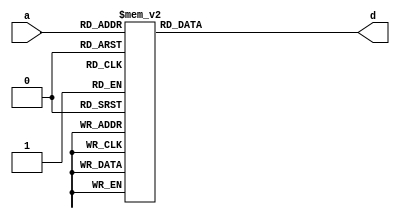
// This program was cloned from: https://github.com/NYU-MLDA/OpenABC
// License: BSD 3-Clause "New" or "Revised" License

module aes_sbox(a,d);
input	[7:0]	a;
output	[7:0]	d;
reg	[7:0]	d;

always @(a)
	(* full_case, parallel_case *) case(a)
	   8'h00: d=8'h63;
	   8'h01: d=8'h7c;
	   8'h02: d=8'h77;
	   8'h03: d=8'h7b;
	   8'h04: d=8'hf2;
	   8'h05: d=8'h6b;
	   8'h06: d=8'h6f;
	   8'h07: d=8'hc5;
	   8'h08: d=8'h30;
	   8'h09: d=8'h01;
	   8'h0a: d=8'h67;
	   8'h0b: d=8'h2b;
	   8'h0c: d=8'hfe;
	   8'h0d: d=8'hd7;
	   8'h0e: d=8'hab;
	   8'h0f: d=8'h76;
	   8'h10: d=8'hca;
	   8'h11: d=8'h82;
	   8'h12: d=8'hc9;
	   8'h13: d=8'h7d;
	   8'h14: d=8'hfa;
	   8'h15: d=8'h59;
	   8'h16: d=8'h47;
	   8'h17: d=8'hf0;
	   8'h18: d=8'had;
	   8'h19: d=8'hd4;
	   8'h1a: d=8'ha2;
	   8'h1b: d=8'haf;
	   8'h1c: d=8'h9c;
	   8'h1d: d=8'ha4;
	   8'h1e: d=8'h72;
	   8'h1f: d=8'hc0;
	   8'h20: d=8'hb7;
	   8'h21: d=8'hfd;
	   8'h22: d=8'h93;
	   8'h23: d=8'h26;
	   8'h24: d=8'h36;
	   8'h25: d=8'h3f;
	   8'h26: d=8'hf7;
	   8'h27: d=8'hcc;
	   8'h28: d=8'h34;
	   8'h29: d=8'ha5;
	   8'h2a: d=8'he5;
	   8'h2b: d=8'hf1;
	   8'h2c: d=8'h71;
	   8'h2d: d=8'hd8;
	   8'h2e: d=8'h31;
	   8'h2f: d=8'h15;
	   8'h30: d=8'h04;
	   8'h31: d=8'hc7;
	   8'h32: d=8'h23;
	   8'h33: d=8'hc3;
	   8'h34: d=8'h18;
	   8'h35: d=8'h96;
	   8'h36: d=8'h05;
	   8'h37: d=8'h9a;
	   8'h38: d=8'h07;
	   8'h39: d=8'h12;
	   8'h3a: d=8'h80;
	   8'h3b: d=8'he2;
	   8'h3c: d=8'heb;
	   8'h3d: d=8'h27;
	   8'h3e: d=8'hb2;
	   8'h3f: d=8'h75;
	   8'h40: d=8'h09;
	   8'h41: d=8'h83;
	   8'h42: d=8'h2c;
	   8'h43: d=8'h1a;
	   8'h44: d=8'h1b;
	   8'h45: d=8'h6e;
	   8'h46: d=8'h5a;
	   8'h47: d=8'ha0;
	   8'h48: d=8'h52;
	   8'h49: d=8'h3b;
	   8'h4a: d=8'hd6;
	   8'h4b: d=8'hb3;
	   8'h4c: d=8'h29;
	   8'h4d: d=8'he3;
	   8'h4e: d=8'h2f;
	   8'h4f: d=8'h84;
	   8'h50: d=8'h53;
	   8'h51: d=8'hd1;
	   8'h52: d=8'h00;
	   8'h53: d=8'hed;
	   8'h54: d=8'h20;
	   8'h55: d=8'hfc;
	   8'h56: d=8'hb1;
	   8'h57: d=8'h5b;
	   8'h58: d=8'h6a;
	   8'h59: d=8'hcb;
	   8'h5a: d=8'hbe;
	   8'h5b: d=8'h39;
	   8'h5c: d=8'h4a;
	   8'h5d: d=8'h4c;
	   8'h5e: d=8'h58;
	   8'h5f: d=8'hcf;
	   8'h60: d=8'hd0;
	   8'h61: d=8'hef;
	   8'h62: d=8'haa;
	   8'h63: d=8'hfb;
	   8'h64: d=8'h43;
	   8'h65: d=8'h4d;
	   8'h66: d=8'h33;
	   8'h67: d=8'h85;
	   8'h68: d=8'h45;
	   8'h69: d=8'hf9;
	   8'h6a: d=8'h02;
	   8'h6b: d=8'h7f;
	   8'h6c: d=8'h50;
	   8'h6d: d=8'h3c;
	   8'h6e: d=8'h9f;
	   8'h6f: d=8'ha8;
	   8'h70: d=8'h51;
	   8'h71: d=8'ha3;
	   8'h72: d=8'h40;
	   8'h73: d=8'h8f;
	   8'h74: d=8'h92;
	   8'h75: d=8'h9d;
	   8'h76: d=8'h38;
	   8'h77: d=8'hf5;
	   8'h78: d=8'hbc;
	   8'h79: d=8'hb6;
	   8'h7a: d=8'hda;
	   8'h7b: d=8'h21;
	   8'h7c: d=8'h10;
	   8'h7d: d=8'hff;
	   8'h7e: d=8'hf3;
	   8'h7f: d=8'hd2;
	   8'h80: d=8'hcd;
	   8'h81: d=8'h0c;
	   8'h82: d=8'h13;
	   8'h83: d=8'hec;
	   8'h84: d=8'h5f;
	   8'h85: d=8'h97;
	   8'h86: d=8'h44;
	   8'h87: d=8'h17;
	   8'h88: d=8'hc4;
	   8'h89: d=8'ha7;
	   8'h8a: d=8'h7e;
	   8'h8b: d=8'h3d;
	   8'h8c: d=8'h64;
	   8'h8d: d=8'h5d;
	   8'h8e: d=8'h19;
	   8'h8f: d=8'h73;
	   8'h90: d=8'h60;
	   8'h91: d=8'h81;
	   8'h92: d=8'h4f;
	   8'h93: d=8'hdc;
	   8'h94: d=8'h22;
	   8'h95: d=8'h2a;
	   8'h96: d=8'h90;
	   8'h97: d=8'h88;
	   8'h98: d=8'h46;
	   8'h99: d=8'hee;
	   8'h9a: d=8'hb8;
	   8'h9b: d=8'h14;
	   8'h9c: d=8'hde;
	   8'h9d: d=8'h5e;
	   8'h9e: d=8'h0b;
	   8'h9f: d=8'hdb;
	   8'ha0: d=8'he0;
	   8'ha1: d=8'h32;
	   8'ha2: d=8'h3a;
	   8'ha3: d=8'h0a;
	   8'ha4: d=8'h49;
	   8'ha5: d=8'h06;
	   8'ha6: d=8'h24;
	   8'ha7: d=8'h5c;
	   8'ha8: d=8'hc2;
	   8'ha9: d=8'hd3;
	   8'haa: d=8'hac;
	   8'hab: d=8'h62;
	   8'hac: d=8'h91;
	   8'had: d=8'h95;
	   8'hae: d=8'he4;
	   8'haf: d=8'h79;
	   8'hb0: d=8'he7;
	   8'hb1: d=8'hc8;
	   8'hb2: d=8'h37;
	   8'hb3: d=8'h6d;
	   8'hb4: d=8'h8d;
	   8'hb5: d=8'hd5;
	   8'hb6: d=8'h4e;
	   8'hb7: d=8'ha9;
	   8'hb8: d=8'h6c;
	   8'hb9: d=8'h56;
	   8'hba: d=8'hf4;
	   8'hbb: d=8'hea;
	   8'hbc: d=8'h65;
	   8'hbd: d=8'h7a;
	   8'hbe: d=8'hae;
	   8'hbf: d=8'h08;
	   8'hc0: d=8'hba;
	   8'hc1: d=8'h78;
	   8'hc2: d=8'h25;
	   8'hc3: d=8'h2e;
	   8'hc4: d=8'h1c;
	   8'hc5: d=8'ha6;
	   8'hc6: d=8'hb4;
	   8'hc7: d=8'hc6;
	   8'hc8: d=8'he8;
	   8'hc9: d=8'hdd;
	   8'hca: d=8'h74;
	   8'hcb: d=8'h1f;
	   8'hcc: d=8'h4b;
	   8'hcd: d=8'hbd;
	   8'hce: d=8'h8b;
	   8'hcf: d=8'h8a;
	   8'hd0: d=8'h70;
	   8'hd1: d=8'h3e;
	   8'hd2: d=8'hb5;
	   8'hd3: d=8'h66;
	   8'hd4: d=8'h48;
	   8'hd5: d=8'h03;
	   8'hd6: d=8'hf6;
	   8'hd7: d=8'h0e;
	   8'hd8: d=8'h61;
	   8'hd9: d=8'h35;
	   8'hda: d=8'h57;
	   8'hdb: d=8'hb9;
	   8'hdc: d=8'h86;
	   8'hdd: d=8'hc1;
	   8'hde: d=8'h1d;
	   8'hdf: d=8'h9e;
	   8'he0: d=8'he1;
	   8'he1: d=8'hf8;
	   8'he2: d=8'h98;
	   8'he3: d=8'h11;
	   8'he4: d=8'h69;
	   8'he5: d=8'hd9;
	   8'he6: d=8'h8e;
	   8'he7: d=8'h94;
	   8'he8: d=8'h9b;
	   8'he9: d=8'h1e;
	   8'hea: d=8'h87;
	   8'heb: d=8'he9;
	   8'hec: d=8'hce;
	   8'hed: d=8'h55;
	   8'hee: d=8'h28;
	   8'hef: d=8'hdf;
	   8'hf0: d=8'h8c;
	   8'hf1: d=8'ha1;
	   8'hf2: d=8'h89;
	   8'hf3: d=8'h0d;
	   8'hf4: d=8'hbf;
	   8'hf5: d=8'he6;
	   8'hf6: d=8'h42;
	   8'hf7: d=8'h68;
	   8'hf8: d=8'h41;
	   8'hf9: d=8'h99;
	   8'hfa: d=8'h2d;
	   8'hfb: d=8'h0f;
	   8'hfc: d=8'hb0;
	   8'hfd: d=8'h54;
	   8'hfe: d=8'hbb;
	   8'hff: d=8'h16;
	endcase

endmodule